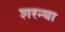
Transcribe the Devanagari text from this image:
शरन्या